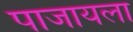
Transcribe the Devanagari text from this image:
पाजायला